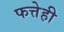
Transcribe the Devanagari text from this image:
फत्तेही